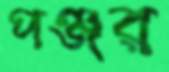
পঞ্জর